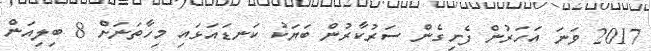
2017 ވަނަ އަހަރުން ފެށިގެން ސަރުކާރުން ބަޔަކު ކަނޑައަޅައި މިހާތަނަށް 8 ބިލިއަން